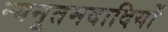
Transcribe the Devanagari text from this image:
न्यनूतमवादियों